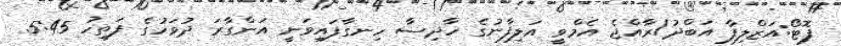
ފޮޓޯ:އަޒްލިފާ އަބްދު/ރާއްޖެ އެމްވީ އަލިފާނުގެ ހާދިސާ ހިނގާފައިވަނީ އަންގާރަ ދުވަހުގެ ފަތިހު 5:45